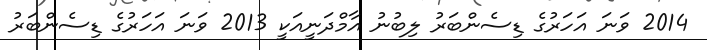
2014 ވަނަ އަހަރުގެ ޑިސެންބަރު ލިބުނު އާމްދަނީއަކީ 2013 ވަނަ އަހަރުގެ ޑިސެންބަރު